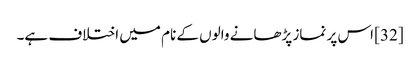
[32] اس پر نماز پڑھانے والوں کے نام میں اختلاف ہے۔